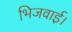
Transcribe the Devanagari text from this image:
भिजवाई।